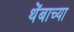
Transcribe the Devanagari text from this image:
थेंबाच्या